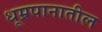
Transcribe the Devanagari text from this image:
धूम्रपानातील